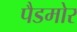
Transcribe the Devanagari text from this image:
पैडमोर